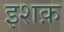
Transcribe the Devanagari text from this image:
इशक़